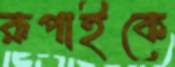
রূপাইকে